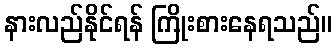
နားလည်နိုင်ရန် ကြိုးစားနေရသည်။